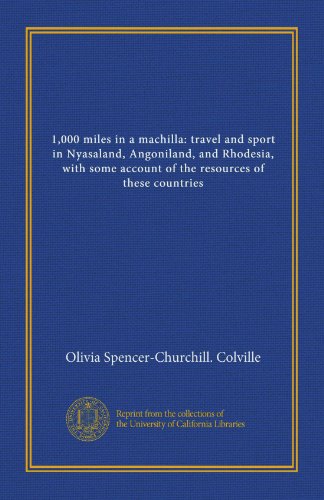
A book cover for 1,000 miles in a machilla: travel and sport in Nyasaland, Angoniland, and Rhodesia, with some account of the resources of these countries; Olivia Spencer-Churchill. Colville; Travel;